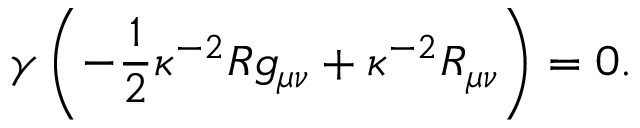
\gamma \left( - { \frac { 1 } { 2 } } \kappa ^ { - 2 } R g _ { \mu \nu } + \kappa ^ { - 2 } R _ { \mu \nu } \right) = 0 .